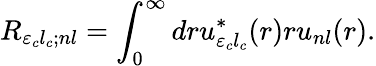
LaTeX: {R}_{{\varepsilon}_{c}{l}_{c};{n}l}=\int_{0}^{\infty}dr{u}_{{\varepsilon}_{c}{l}_{c}}^{\ast}(r)r{u}_{{n}l}(r).